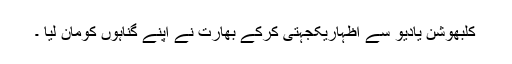
کلبھوشن یادیو سے اظہاریکجہتی کرکے بھارت نے اپنے گناہوں کومان لیا ۔